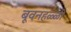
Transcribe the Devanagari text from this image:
बूवनहळ्ळी